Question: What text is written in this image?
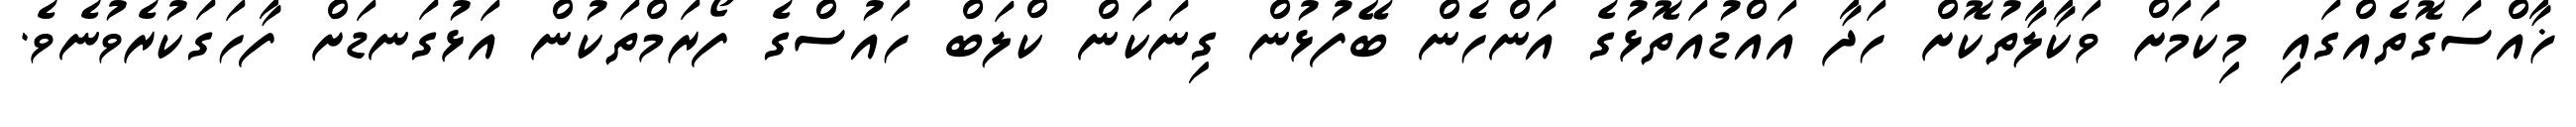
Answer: ޚާއްސަގޮތެއްގައި މިކަމަށް ވަކާލާތުކޮށް ހަދާ އައްޑުއަތޮޅުގެ އަންހެން ބޭފުޅުން ގިނަކަން ކްލަބް ހައުސްގެ ފޯރަމްތަކުން އަޅުގަނޑަށް ފާހަގަކުރެވުނެވެ.